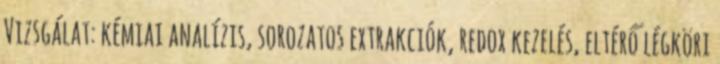
Vizsgálat: kémiai analízis, sorozatos extrakciók, redox kezelés, eltérő légköri